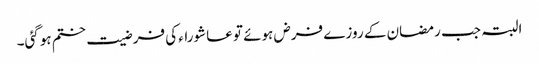
البتہ جب رمضان کے روزے فرض ہوئے تو عاشوراء کی فرضیت ختم ہوگئی۔